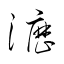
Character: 瀝